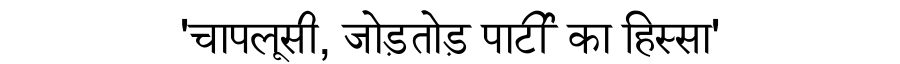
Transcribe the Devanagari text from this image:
'चापलूसी, जोड़तोड़ पार्टी का हिस्सा'